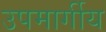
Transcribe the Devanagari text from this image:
उपमार्गीय